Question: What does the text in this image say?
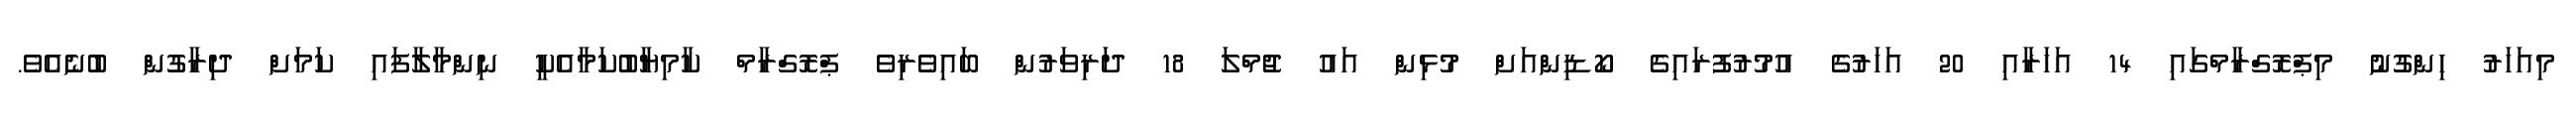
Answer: މިއަހަރު ހިންގުނު މިޕްރޮގްރާމްގައި 14 އަހަރާއި 20 އަހަރުގެ އުމުރުފުރައިގެ ކޯޑިންއަށް މުޅިން އައު ޖުމްލަ 18 ދަރިވަރުން ބައިވެރިވެ ޕްރޮގްރާމް ކާމިޔާބުކަމާއެކީ ނިންމާލާފައި ކަމަށް ދިރާގުން ބުނެއެވެ.